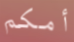
أمكم